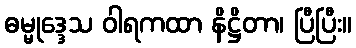
ဓမ္မုဒ္ဒေသ ဝါရကထာ နိဋ္ဌိတာ၊ ပြီပြီး။